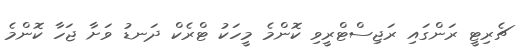
ޗެރިޓީ ރަންގައި ރަޖިސްޓްރީވި ކޮންމެ މީހަކު ޓްރެކް ދަނޑު ވަށާ ޖަހާ ކޮންމެ